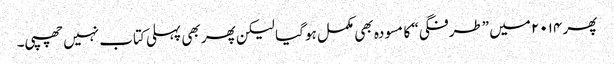
پھر ۲۰۱۴ میں ”طرفگی“ کا مسودہ بھی مکمل ہو گیا لیکن پھر بھی پہلی کتاب نہیں چھپی۔